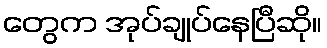
တွေက အုပ်ချုပ်နေပြီဆို။